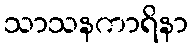
သာသနကာရိနာ